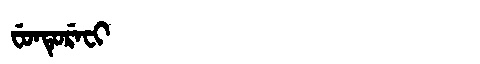
Manchu: ᠸᡠᠨᡨᡠᡵᡝᠸᡳ
Romanization: FUNTUREFI